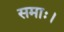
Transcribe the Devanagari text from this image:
समाः।